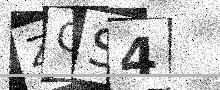
Text: ZCS4